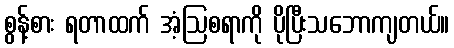
စွန့်စား ရတာထက် အံ့ဩစရာကို ပိုပြီးသဘောကျတယ်။